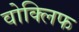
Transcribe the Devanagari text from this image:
वोक्लिफ